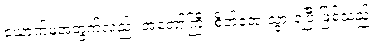
ယောက်မအတွက်လည်း အတော်ကြီး စိတ်အေးသွားရပြီ ဖြစ်သည်။